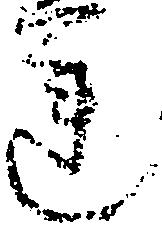
蓮